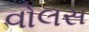
વોલસ